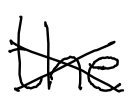
Text: the
Cross-out: cross
Writing tool: digital_black